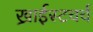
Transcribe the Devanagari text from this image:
ख्राईस्टचर्च